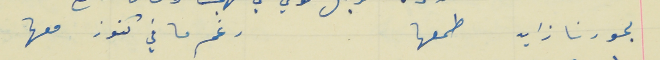
بحورنا زايد طمعها                                                     رغم ما في كنوز معها